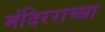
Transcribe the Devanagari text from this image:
मंदिरराच्या